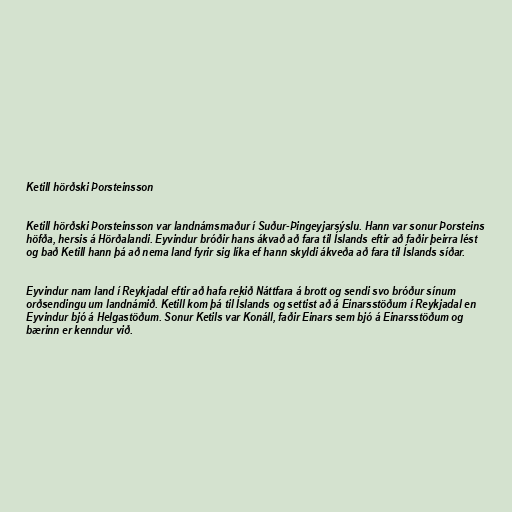
Ketill hörðski Þorsteinsson

Ketill hörðski Þorsteinsson var landnámsmaður í Suður-Þingeyjarsýslu. Hann var sonur Þorsteins
höfða, hersis á Hörðalandi. Eyvindur bróðir hans ákvað að fara til Íslands eftir að faðir þeirra lést
og bað Ketill hann þá að nema land fyrir sig líka ef hann skyldi ákveða að fara til Íslands síðar.

Eyvindur nam land í Reykjadal eftir að hafa rekið Náttfara á brott og sendi svo bróður sínum
orðsendingu um landnámið. Ketill kom þá til Íslands og settist að á Einarsstöðum í Reykjadal en
Eyvindur bjó á Helgastöðum. Sonur Ketils var Konáll, faðir Einars sem bjó á Einarsstöðum og
bærinn er kenndur við.